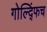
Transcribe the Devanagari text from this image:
गोल्द्फिंच